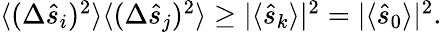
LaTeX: \begin{array}{r}{\langle(\Delta\hat{s}_{i})^{2}\rangle\langle(\Delta\hat{s}_{j})^{2}\rangle\geq|\langle\hat{s}_{k}\rangle|^{2}=|\langle\hat{s}_{0}\rangle|^{2}.}\end{array}